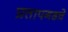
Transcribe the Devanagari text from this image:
प्रतापगडचे